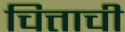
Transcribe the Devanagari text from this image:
चित्ताची